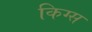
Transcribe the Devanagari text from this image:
किग्स